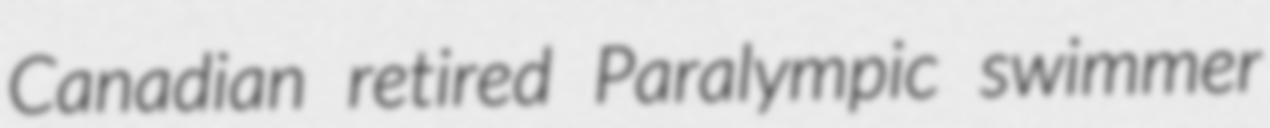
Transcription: Canadian retired Paralympic swimmer